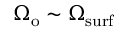
\Omega _ { \mathrm { o } } \sim \Omega _ { \mathrm { s u r f } }